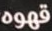
قهوه